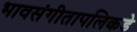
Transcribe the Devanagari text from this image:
भावसंगीतापलिकडे